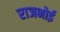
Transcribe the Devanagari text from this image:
राजभोई